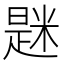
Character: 𫃆